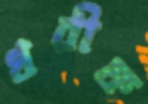
খরীফ